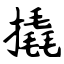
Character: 撬